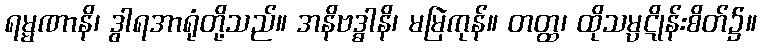
ရမ္မဏာနိ၊ ဒွါရအာရုံတို့သည်။ အနိဗဒ္ဓါနိ၊ မမြဲကုန်။ တတ္ထ၊ ထိုသမ္ပဋိုန်းစိတ်၌။